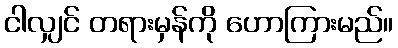
ငါလျှင် တရားမှန်ကို ဟောကြားမည်။